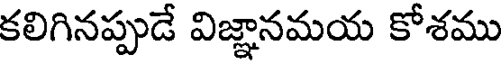
కలిగినప్పుడే విజ్ఞానమయ కోశము